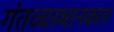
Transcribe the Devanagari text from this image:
गंतव्यस्थानकात